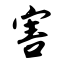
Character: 害